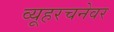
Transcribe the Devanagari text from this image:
व्यूहरचनेवर